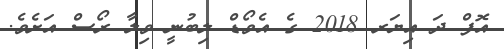
އޮފް ދަ އިޔަރ 2018 ގެ އެވޯޑް ލިބުނީ ވިލާ ރޯސް އަށެވެ.